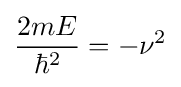
{\dfrac {2mE}{\hbar ^{2}}}=-\nu ^{2}